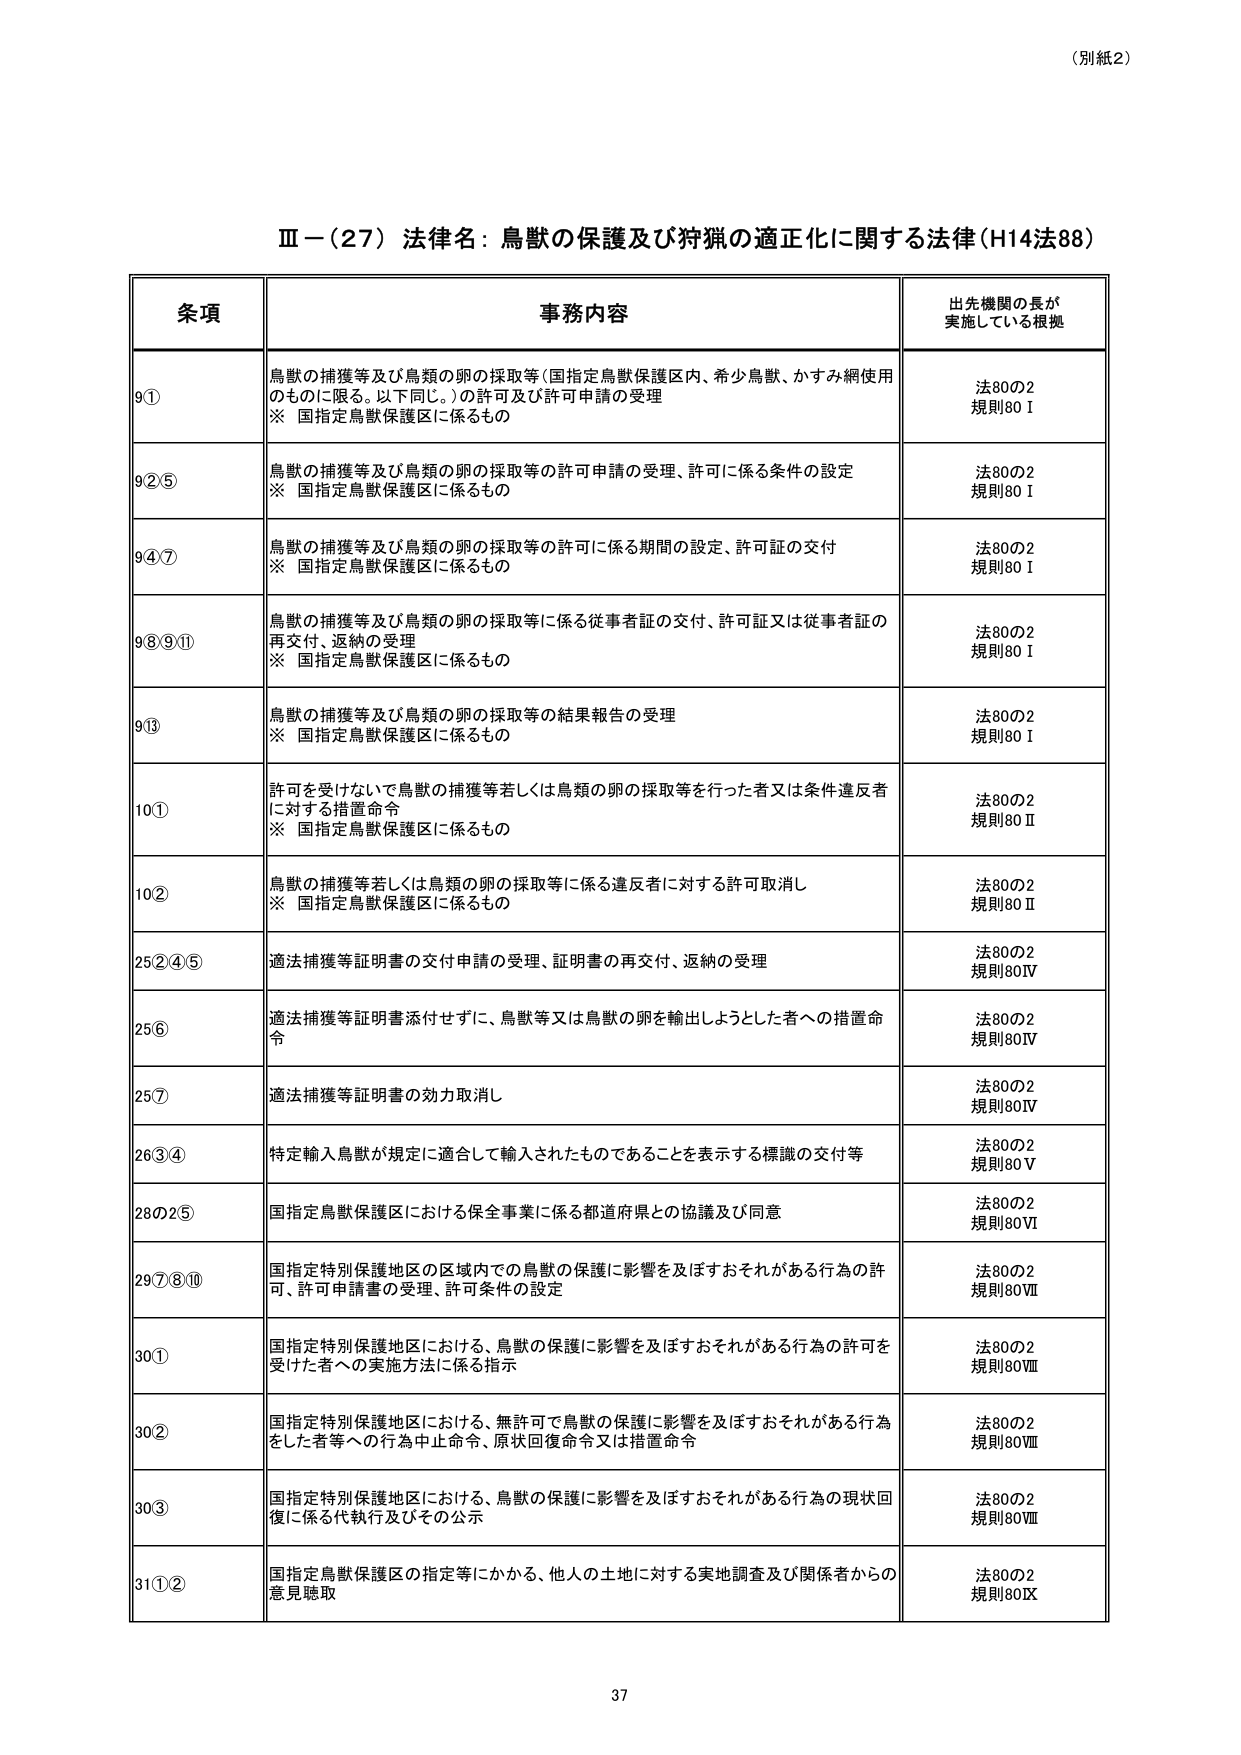
（別紙2）

Ⅲ－（27）法律名：鳥獣の保護及び狩猟の適正化に関する法律（H14法88）

条項 事務内容 出先機関の長が実施している根拠

9① 鳥獣の捕獲等及び鳥類の卵の採取等（国指定鳥獣保護区内、希少鳥獣、かすみ網使用のものに限る。以下同じ。）の許可及び許可申請の受理
※ 国指定鳥獣保護区に係るもの
法80の2
規則80Ⅰ

9②⑤ 鳥獣の捕獲等及び鳥類の卵の採取等の許可申請の受理、許可に係る条件の設定
※ 国指定鳥獣保護区に係るもの
法80の2
規則80Ⅰ

9④⑦ 鳥獣の捕獲等及び鳥類の卵の採取等の許可に係る期間の設定、許可証の交付
※ 国指定鳥獣保護区に係るもの
法80の2
規則80Ⅰ

9⑧⑨⑪ 鳥獣の捕獲等及び鳥類の卵の採取等に係る従事者証の交付、許可証又は従事者証の再交付、返納の受理
※ 国指定鳥獣保護区に係るもの
法80の2
規則80Ⅰ

9⑬ 鳥獣の捕獲等及び鳥類の卵の採取等の結果報告の受理
※ 国指定鳥獣保護区に係るもの
法80の2
規則80Ⅰ

10① 許可を受けないで鳥獣の捕獲等若しくは鳥類の卵の採取等を行った者又は条件違反者に対する措置命令
※ 国指定鳥獣保護区に係るもの
法80の2
規則80Ⅱ

10② 鳥獣の捕獲等若しくは鳥類の卵の採取等に係る違反者に対する許可取消し
※ 国指定鳥獣保護区に係るもの
法80の2
規則80Ⅱ

25②④⑤ 適法捕獲等証明書の交付申請の受理、証明書の再交付、返納の受理
法80の2
規則80Ⅳ

25⑥ 適法捕獲等証明書添付せずに、鳥獣等又は鳥獣の卵を輸出しようとした者への措置命令
法80の2
規則80Ⅳ

25⑦ 適法捕獲等証明書の効力取消し
法80の2
規則80Ⅳ

26③④ 特定輸入鳥獣が規定に適合して輸入されたものであることを表示する標識の交付等
法80の2
規則80Ⅴ

28の2⑤ 国指定鳥獣保護区における保全事業に係る都道府県との協議及び同意
法80の2
規則80Ⅵ

29⑦⑧⑩ 国指定特別保護地区の区域内での鳥獣の保護に影響を及ぼすおそれがある行為の許可、許可申請書の受理、許可条件の設定
法80の2
規則80Ⅶ

30① 国指定特別保護地区における、鳥獣の保護に影響を及ぼすおそれがある行為の許可を受けた者への実施方法に係る指示
法80の2
規則80Ⅷ

30② 国指定特別保護地区における、無許可で鳥獣の保護に影響を及ぼすおそれがある行為をした者等への行為中止命令、原状回復命令又は措置命令
法80の2
規則80Ⅷ

30③ 国指定特別保護地区における、鳥獣の保護に影響を及ぼすおそれがある行為の現状回復に係る代執行及びその公示
法80の2
規則80Ⅷ

31①② 国指定鳥獣保護区の指定等にかかる、他人の土地に対する実地調査及び関係者からの意見聴取
法80の2
規則80Ⅸ

37